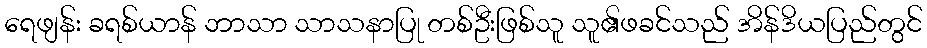
ရေဖျန်း ခရစ်ယာန် ဘာသာ သာသနာပြု တစ်ဦးဖြစ်သူ သူ၏ဖခင်သည် အိန်ဒိယပြည်တွင်